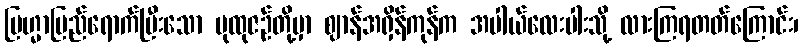
ဗြဟ္မာပြည်ရောက်ပြီးသော ပုထုဇဉ်တို့မှာ ဈာန်အရှိန်ကုန်က အပါယ်လေးပါးသို့ လားကြရတတ်ကြောင်း၊